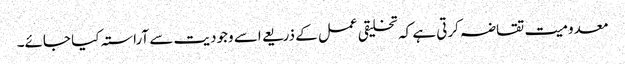
معدومیت تقاضہ کرتی ہے کہ تخلیقی عمل کے ذریعے اسے وجودیت سے آراستہ کیا جائے۔